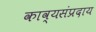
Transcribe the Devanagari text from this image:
काव्यसंप्रदाय